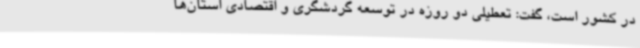
در کشور است، گفت: تعطیلی دو روزه در توسعه گردشگری و اقتصادی استان‌ها